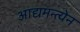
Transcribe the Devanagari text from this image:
आद्यमन्त्येन